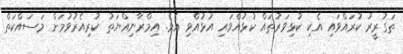
ތަގުރީރު ކުރައްވައި އެކި ކުޅިވަރުތައް ކުޅުއްވައި އުޅުއްވި އެވެ. އިމްރާނިއްޔަތު ކުރިއެރުވުމަށް މަސައްކަތް